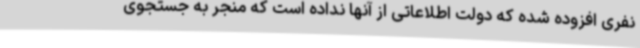
نفری افزوده شده که دولت اطلاعاتی از آنها نداده است که منجر به جستجوی